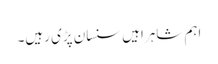
اہم شاہراہیں سنسان پڑی رہیں۔